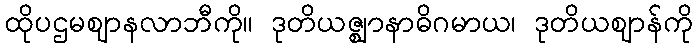
ထိုပဌမဈာနလာဘီကို။ ဒုတိယဇ္ဈာနာဓိဂမာယ၊ ဒုတိယဈာန်ကို